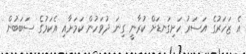
އެ ޒަހަރުގެ އަސަރު ހަށިގަނޑަށް ކުރާނީ ގިނަ ދުވަހުން ކަމަށާއި އެކަމުގެ ސަބަބުން